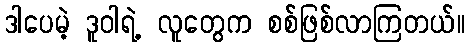
ဒါပေမဲ့ ဒူဝါရဲ့ လူတွေက စစ်ဖြစ်လာကြတယ်။